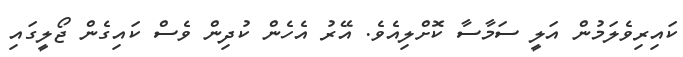
ކައިރިވެލަމުން އަލީ ސަމާސާ ކޮށްލިއެވެ. އޭރު އެހެން ކުދިން ވެސް ކައިގެން ޖޯލީގައި